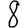
Digit: 8